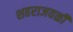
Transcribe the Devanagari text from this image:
शहराजवळी